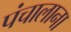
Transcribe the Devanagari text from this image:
पंचालाना